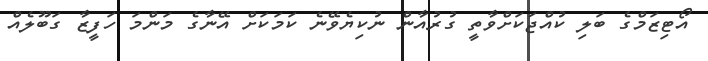
އޯޓިޒަމްގެ ބަލި ކުއްޖަކަށްވާތީ ގުރުއާން ނުކިޔެވޭނެ ކަމަކަށް އޭނާގެ މަންމަ ހަފީޒާ ގަބޫލެއް